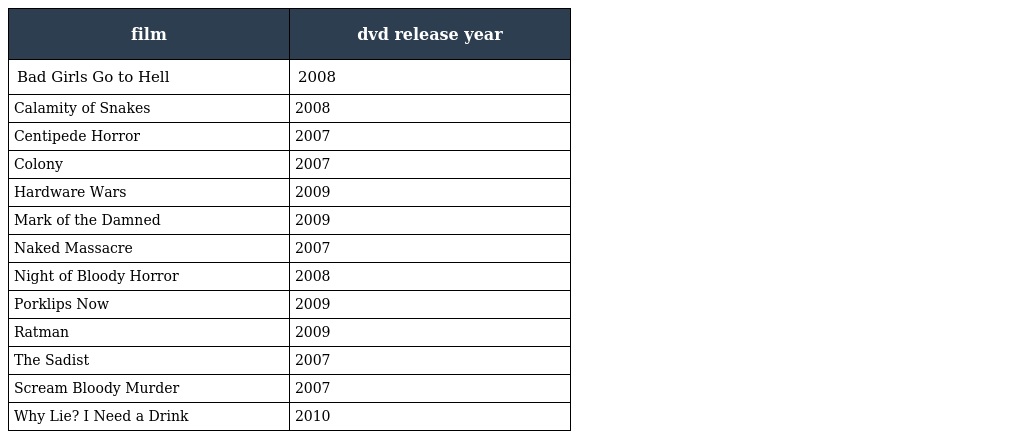
| film | dvd release year |
 | --- | --- |
 | Bad Girls Go to Hell | 2008 |
 | Calamity of Snakes | 2008 |
 | Centipede Horror | 2007 |
 | Colony | 2007 |
 | Hardware Wars | 2009 |
 | Mark of the Damned | 2009 |
 | Naked Massacre | 2007 |
 | Night of Bloody Horror | 2008 |
 | Porklips Now | 2009 |
 | Ratman | 2009 |
 | The Sadist | 2007 |
 | Scream Bloody Murder | 2007 |
 | Why Lie? I Need a Drink | 2010 |